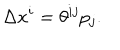
\Delta x ^ { i } = \theta ^ { i j } p _ { j } .